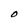
Character: O